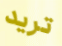
تريد